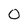
Character: 0